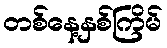
တစ်နေ့နှစ်ကြိမ်